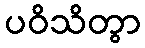
ပဝိသိတွာ